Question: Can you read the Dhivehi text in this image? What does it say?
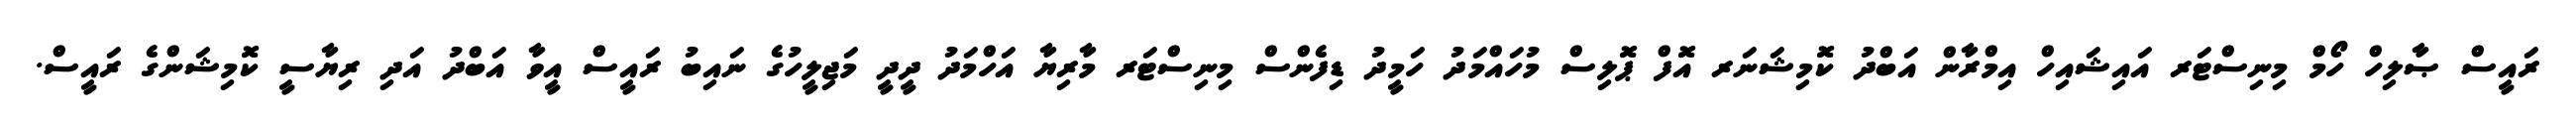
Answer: ރައީސް ޞާލިހް ހޯމް މިނިސްޓަރ އައިޝައިހް އިމްރާން އަބްދު ކޮމިޝަނަރ އޮފް ޕޮލިސް މުހައްމަދު ހަމީދު ޑިފެންސް މިނިސްޓަރ މާރިޔާ އަހްމަދު ދީދީ މަޖިލީހުގެ ނައިބު ރައީސް އީވާ އަބްދު އަދި ރިޔާސީ ކޮމިޝަންގެ ރައީސް.